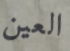
العين